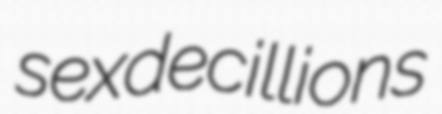
sexdecillions